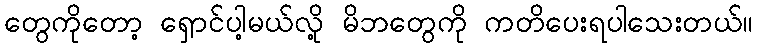
တွေကိုတော့ ရှောင်ပါ့မယ်လို့ မိဘတွေကို ကတိပေးရပါသေးတယ်။